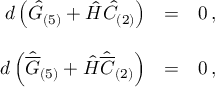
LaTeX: \begin{array} { r c l } { { d \left( \hat { G } _ { ( 5 ) } + \hat { H } \hat { C } _ { ( 2 ) } \right) } } & { { = } } & { { 0 \, , } } \\ { { } } & { { } } & { { } } \\ { { d \left( \hat { \overline { { { G } } } } _ { ( 5 ) } + \hat { H } \hat { \overline { { { C } } } } _ { ( 2 ) } \right) } } & { { = } } & { { 0 \, , } } \end{array}